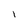
Character: l